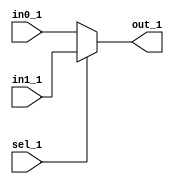
module mux_1(input in0_1,in1_1,input sel_1,output out_1);
assign out_1=(sel_1)?in1_1:in0_1;
endmodule